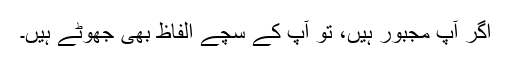
اگر آپ مجبور ہیں، تو آپ کے سچے الفاظ بھی جھوٹے ہیں۔